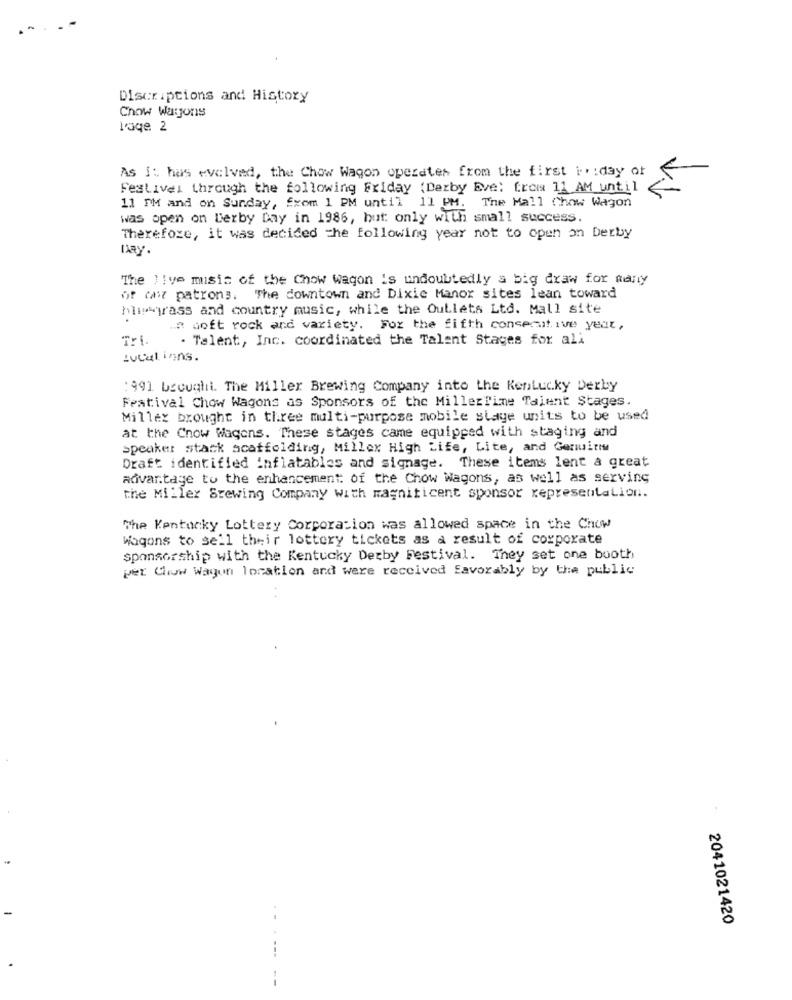
Discriptions and History
Chow Warjons
lage 2
As it has evolved, the Chow Wagon operates from the first i. : day of
Festival through the following Friday (Dezby Eve: from 11 AM until
11 PM and on Sunday, fxom 1 PM until 11 PM. The Mall Chow Wagon
was open on Lerby Day in 1986, but only with small success.
Therefore, it was decided the following year not to open on Derby
Day.
The ) Ive muisis of the Chow wagon is undoubtedly a big draw for many
of (air patrons. The downtown and Dixie Manor sites lean toward
hinwirass and country music, while the Outlets Ltd. Mall site
.R soft rock and variety. For the fifth consecutive yeat,
. Talent, Inc. coordinated the Talent Stages for all
Locations.
: 991 bscualit. The Miller Brewing Company into the Kentucky Derby
Featival Chow Wagons as Sponsors of the MillerTime Talent Stages.
Millex brought in three multi-purpose mobile stage units to be used
at the Cnow Wagons. These stages came equipped with staging and
Speaker stack scaffolding, Millex High Life, Lite, and Genuini
Draft identified inflatables and signage. These items lent a great
advantage to the enhancement: of the Chow Wagons, as well as serving
the Miller Brewing Company With magnificent sponsor representation.
The Kentucky Lottery Corporation was allowed space in the Chuw
Wagons to sell their lottery tickets as a result of corporate
sponsorship with the Kentucky Derby Festival. They set one booth
per Chow Wagon location and were received favorably by the public
2041021420